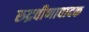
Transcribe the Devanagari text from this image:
रुद्रवीणावादक